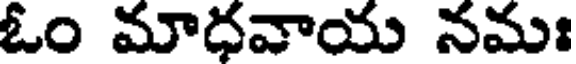
ఓం మాధవాయ నమః